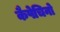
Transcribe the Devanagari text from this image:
कैपेचिनो